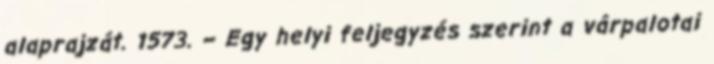
alaprajzát. 1573. – Egy helyi feljegyzés szerint a várpalotai